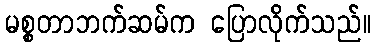
မစ္စတာဘက်ဆမ်က ပြောလိုက်သည်။